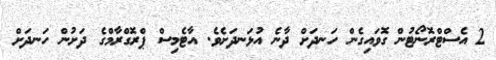
2 އެސްޓްރޮނޯޓުން ގޮވައިގެން ހަނދަށް ދާނެ އުޅަނދަށެވެ. އާޓެމިސް ޕްރޮގްރާމްގެ ދަށުން ހަނދަށް